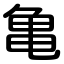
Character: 亀